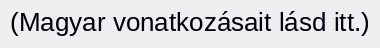
(Magyar vonatkozásait lásd itt.)